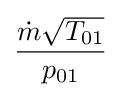
{\frac {{\dot {m}}{\sqrt {T_{01}}}}{p_{01}}}\